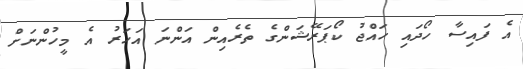
އެ ފައިސާ ހޯދައި ހައްޖު ކޯޕަރޭޝަންގެ ތެރެއިން އަންނަ އަަހަރު އެ މީހުންނަށް